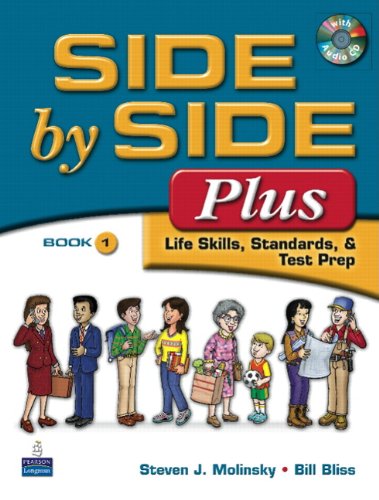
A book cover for Side by Side Plus 1: Life Skills, Standards, & Test Prep (3rd Edition); Steven J. Molinsky; Reference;